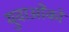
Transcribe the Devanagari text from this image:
युवाओंको